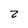
Character: 2